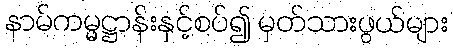
နာမ်ကမ္မဋ္ဌာန်းနှင့်စပ်၍ မှတ်သားဖွယ်များ